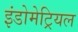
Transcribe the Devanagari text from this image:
इंडोमेट्रियल